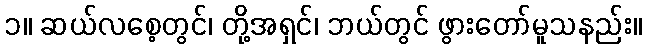
၁။ ဆယ်လစေ့တွင်၊ တို့အရှင်၊ ဘယ်တွင် ဖွားတော်မူသနည်း။